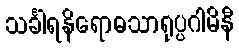
သင်္ခါရနိရောဓသာရုပ္ပဂါမိနီ